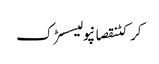
کرکٹنقصانپولیسسڑک